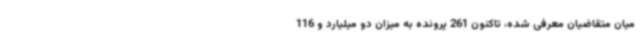
میان متقاضیان معرفی شده، تاکنون 261 پرونده به میزان دو میلیارد و 116